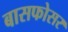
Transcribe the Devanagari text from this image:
बासफोसर